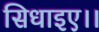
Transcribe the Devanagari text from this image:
सिधाइए।।